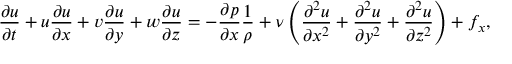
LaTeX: { \frac { \partial u } { \partial t } } + u { \frac { \partial u } { \partial x } } + v { \frac { \partial u } { \partial y } } + w { \frac { \partial u } { \partial z } } = - { \frac { \partial p } { \partial x } } { \frac { 1 } { \rho } } + \nu \left( { \frac { \partial ^ { 2 } u } { \partial x ^ { 2 } } } + { \frac { \partial ^ { 2 } u } { \partial y ^ { 2 } } } + { \frac { \partial ^ { 2 } u } { \partial z ^ { 2 } } } \right) + f _ { x } ,